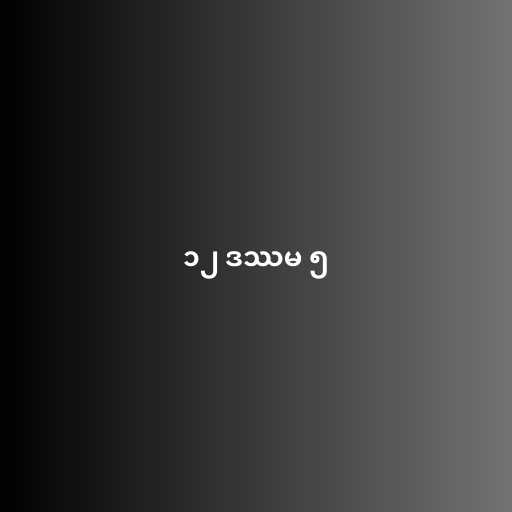
၁၂ ဒဿမ ၅